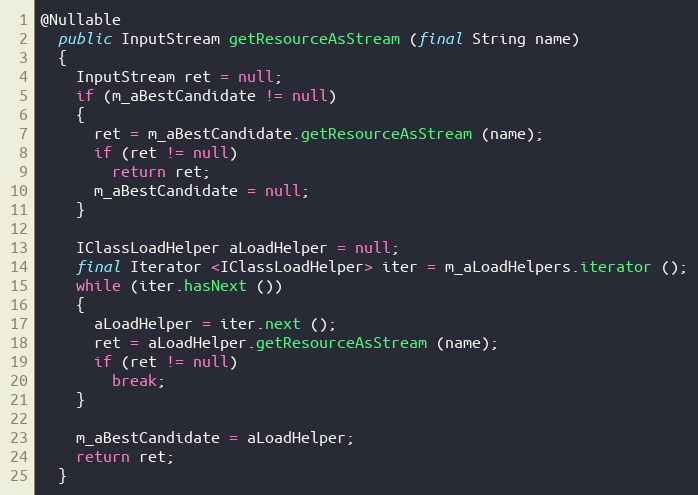
Language: Java
@Nullable
  public InputStream getResourceAsStream (final String name)
  {
    InputStream ret = null;
    if (m_aBestCandidate != null)
    {
      ret = m_aBestCandidate.getResourceAsStream (name);
      if (ret != null)
        return ret;
      m_aBestCandidate = null;
    }

    IClassLoadHelper aLoadHelper = null;
    final Iterator <IClassLoadHelper> iter = m_aLoadHelpers.iterator ();
    while (iter.hasNext ())
    {
      aLoadHelper = iter.next ();
      ret = aLoadHelper.getResourceAsStream (name);
      if (ret != null)
        break;
    }

    m_aBestCandidate = aLoadHelper;
    return ret;
  }